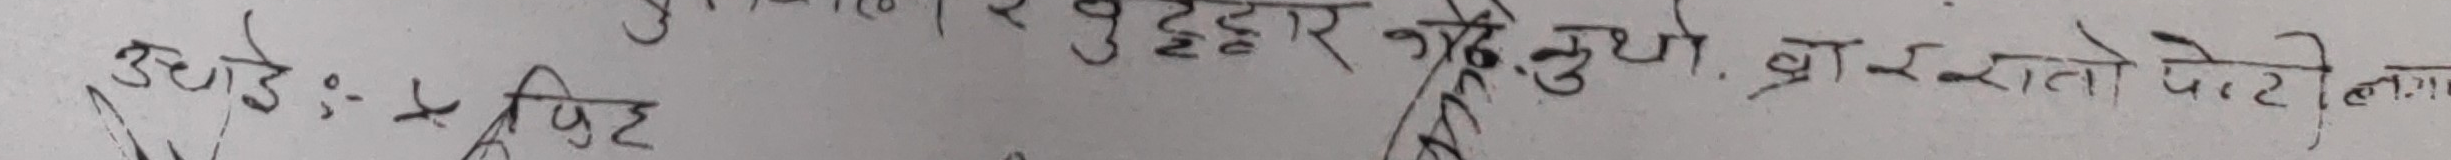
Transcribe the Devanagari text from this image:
उदाडे :- फिट